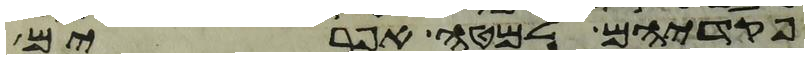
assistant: פקדיהם למטה אפרים